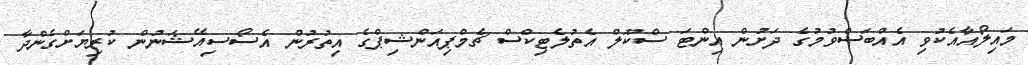
މައިލޯއާއެކުވި އެއްބަސްވުމުގެ ދަށުން އިންޓަ ސްކޫލް އެތުލެޓިކްސް ޗެމްޕިއަންޝިޕްގެ އިތުރުން އެސޯސިއޭޝަނުން ކުރިޔަށްގެންދާ